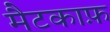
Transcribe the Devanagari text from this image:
मैटकाफ़